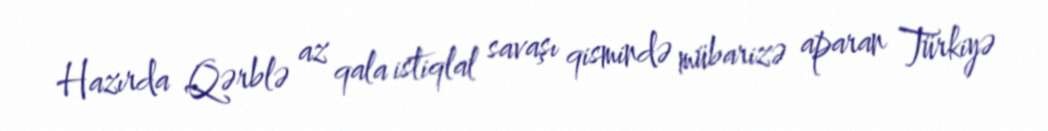
Hazırda Qərblə az qala istiqlal savaşı qismində mübarizə aparan Türkiyə